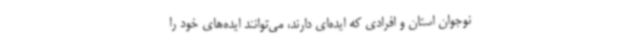
نوجوان استان و افرادی که ایده‌ای دارند، می‌توانند ایده‌های خود را